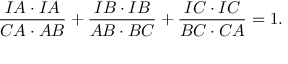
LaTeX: { \frac { I A \cdot I A } { C A \cdot A B } } + { \frac { I B \cdot I B } { A B \cdot B C } } + { \frac { I C \cdot I C } { B C \cdot C A } } = 1 .